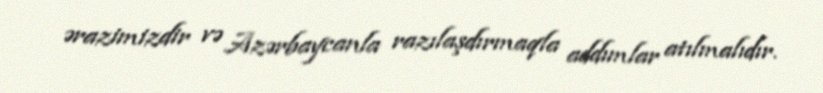
ərazimizdir və Azərbaycanla razılaşdırmaqla addımlar atılmalıdır.